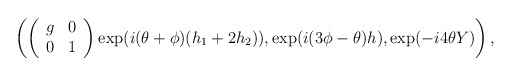
\begin{align*}\left(\left( \begin{array}{cc}g & 0 \\0 & 1\end{array} \right)\exp(i (\theta + \phi ) (h_1 +2 h_2) ) ,\exp(i (3 \phi - \theta ) h) ,\exp(- i 4 \theta Y)\right),\end{align*}